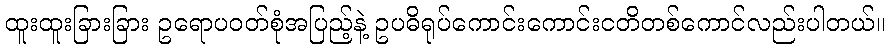
ထူးထူးခြားခြား ဥရောပဝတ်စုံအပြည့်နဲ့ ဥပဓိရုပ်ကောင်းကောင်းငတိတစ်ကောင်လည်းပါတယ်။